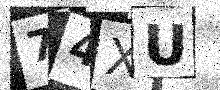
Text: 74XU